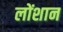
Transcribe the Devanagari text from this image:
लोंशान